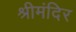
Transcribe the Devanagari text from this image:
श्रीमंदिर